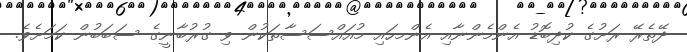
ދޭތެރޭ ރަށުގެ ކުދިބޮޑު އެންމެންނާއި އެންމހައި މުއައްސަސާތަކުން ވި ގުރުބާނީގެ ސަބަބުން ކަމަށެވެ.